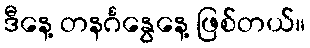
ဒီနေ့ တနင်္ဂနွေနေ့ ဖြစ်တယ်။